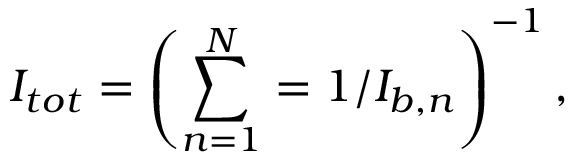
I _ { t o t } = \left( \sum _ { n = 1 } ^ { N } = 1 / I _ { b , n } \right) ^ { - 1 } ,